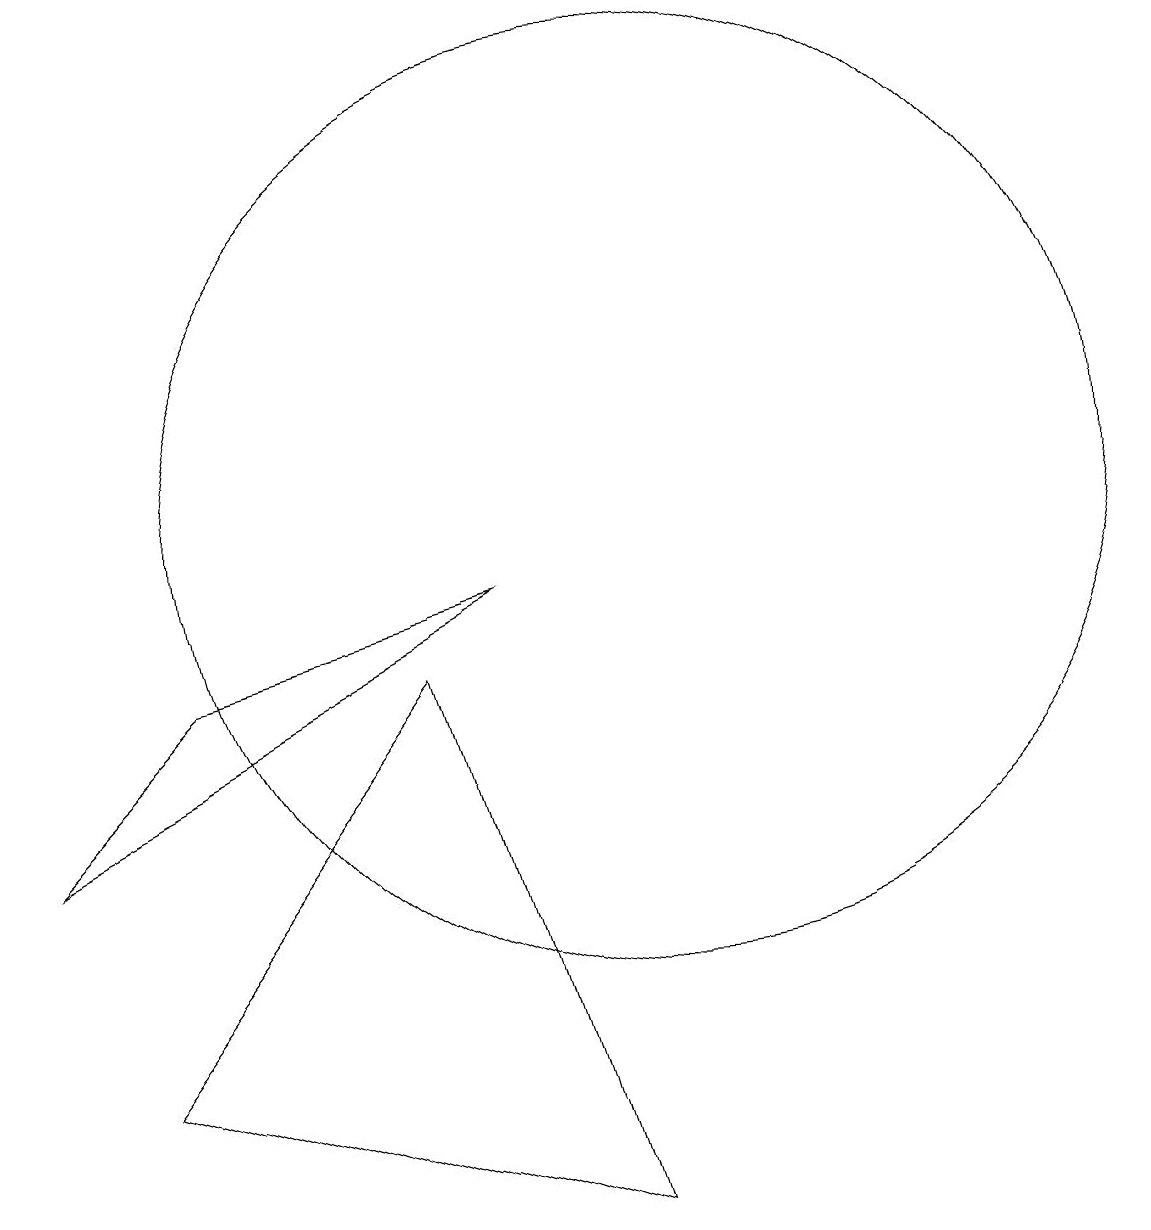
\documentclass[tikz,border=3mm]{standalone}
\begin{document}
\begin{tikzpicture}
\draw (10,10) circle (6);
\draw (8,9) -- (2,6) -- (4,8) -- cycle;
\draw (9,1) -- (3,3) -- (7,8) -- cycle;
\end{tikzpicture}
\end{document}